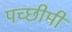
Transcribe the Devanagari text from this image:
पच्छीमी